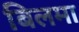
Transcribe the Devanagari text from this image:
बिलमा